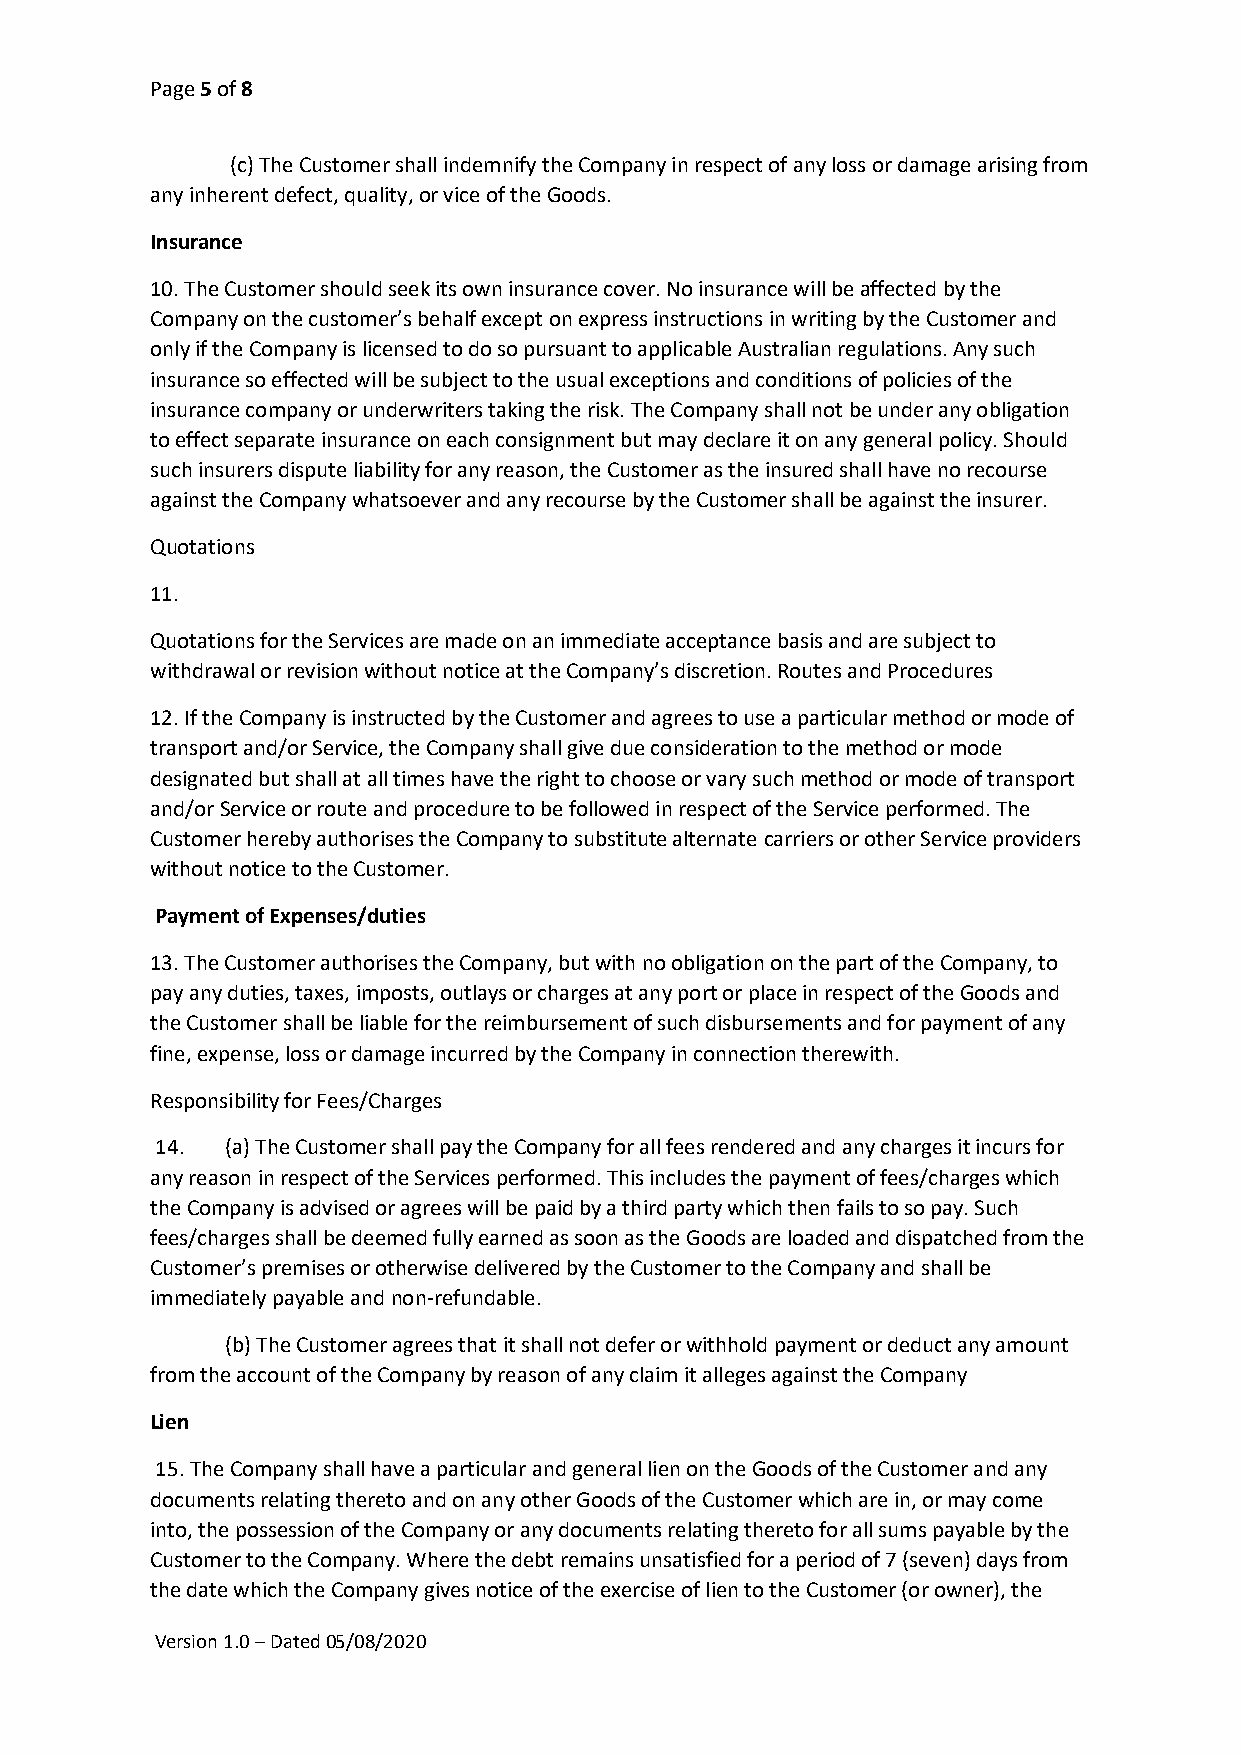
Page 5 of 8
 (c) The Customer shall indemnify the Company in respect of any loss or damage arising from
 any inherent defect, quality, or vice of the Goods.
 Insurance
 10. The Customer should seek its own insurance cover. No insurance will be affected by the
 Company on the customer’s behalf except on express instructions in writing by the Customer and
 only if the Company is licensed to do so pursuant to applicable Australian regulations. Any such
 insurance so effected will be subject to the usual exceptions and conditions of policies of the
 insurance company or underwriters taking the risk. The Company shall not be under any obligation
 to effect separate insurance on each consignment but may declare it on any general policy. Should
 such insurers dispute liability for any reason, the Customer as the insured shall have no recourse
 against the Company whatsoever and any recourse by the Customer shall be against the insurer.
 Quotations
 11.
 Quotations for the Services are made on an immediate acceptance basis and are subject to
 withdrawal or revision without notice at the Company’s discretion. Routes and Procedures
 12. If the Company is instructed by the Customer and agrees to use a particular method or mode of
 transport and/or Service, the Company shall give due consideration to the method or mode
 designated but shall at all times have the right to choose or vary such method or mode of transport
 and/or Service or route and procedure to be followed in respect of the Service performed. The
 Customer hereby authorises the Company to substitute alternate carriers or other Service providers
 without notice to the Customer.
 Payment of Expenses/duties
 13. The Customer authorises the Company, but with no obligation on the part of the Company, to
 pay any duties, taxes, imposts, outlays or charges at any port or place in respect of the Goods and
 the Customer shall be liable for the reimbursement of such disbursements and for payment of any
 fine, expense, loss or damage incurred by the Company in connection therewith.
 Responsibility for Fees/Charges
 14.  (a) The Customer shall pay the Company for all fees rendered and any charges it incurs for
 any reason in respect of the Services performed. This includes the payment of fees/charges which
 the Company is advised or agrees will be paid by a third party which then fails to so pay. Such
 fees/charges shall be deemed fully earned as soon as the Goods are loaded and dispatched from the
 Customer’s premises or otherwise delivered by the Customer to the Company and shall be
 immediately payable and non-refundable.
 (b) The Customer agrees that it shall not defer or withhold payment or deduct any amount
 from the account of the Company by reason of any claim it alleges against the Company
 Lien
 15. The Company shall have a particular and general lien on the Goods of the Customer and any
 documents relating thereto and on any other Goods of the Customer which are in, or may come
 into, the possession of the Company or any documents relating thereto for all sums payable by the
 Customer to the Company. Where the debt remains unsatisfied for a period of 7 (seven) days from
 the date which the Company gives notice of the exercise of lien to the Customer (or owner), the
 Version 1.0 – Dated 05/08/2020